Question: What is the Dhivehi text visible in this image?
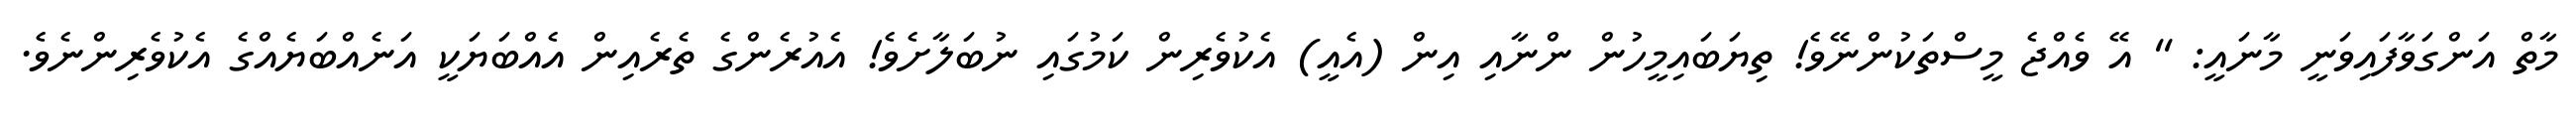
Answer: މާތް އަންގަވާފައިވަނީ މާނައީ: " އޭ ވެއްޖެ މީސްތަކުންނޭވެ! ތިޔަބައިމީހުން ންނާއި އިން (އެއީ) އެކުވެރިން ކަމުގައި ނުބަލާށެވެ! އެއުރެންގެ ތެރެއިން އެއްބަޔަކީ އަނެއްބަޔެއްގެ އެކުވެރިންނެވެ.